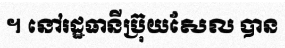
។ នៅរដ្ឋធានីប្រ៊ុយសែល បាន